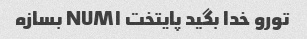
تورو خدا بگید پایتخت NUM۱ بسازه